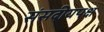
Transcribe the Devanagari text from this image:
संसदीयपक्ष